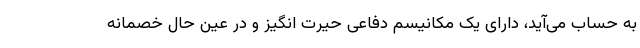
به حساب می‌آید، دارای یک مکانیسم دفاعی حیرت انگیز و در عین حال خصمانه